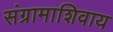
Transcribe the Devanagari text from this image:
संग्रामाशिवाय